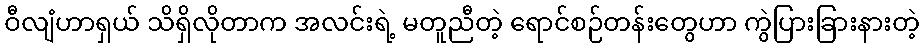
ဝီလျံဟာရှယ် သိရှိလိုတာက အလင်းရဲ့ မတူညီတဲ့ ရောင်စဉ်တန်းတွေဟာ ကွဲပြားခြားနားတဲ့